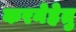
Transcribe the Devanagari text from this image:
करनेहेतु